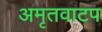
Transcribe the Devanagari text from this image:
अमृतवाटप